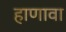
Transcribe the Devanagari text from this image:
हाणावा